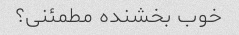
خوب بخشنده مطمئنی؟